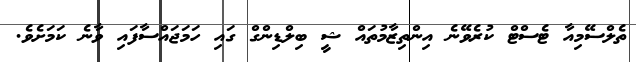
ތެލްސޭމިއާ ޓެސްޓް ކުރެވޭނެ އިންތިޒާމުތައް ޝީ ބިލްޑިންގް ގައި ހަމަޖައްސާފައި ވާނެ ކަމަށެވެ.